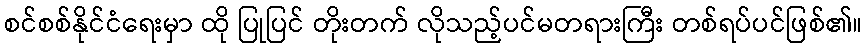
စင်စစ်နိုင်ငံရေးမှာ ထို ပြုပြင် တိုးတက် လိုသည့်ပင်မတရားကြီး တစ်ရပ်ပင်ဖြစ်၏။